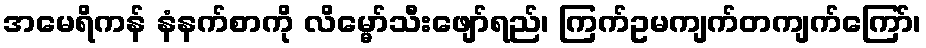
အမေရိကန် နံနက်စာကို လိမ္မော်သီးဖျော်ရည်၊ ကြက်ဥမကျက်တကျက်ကြော်၊